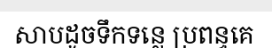
សាបដូចទឹកទន្លេ ប្រពន្ធគេ